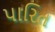
પારિત